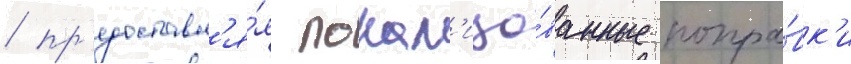
/ пр'едоставл'я́я локал'изо́ванные попра́вк'и